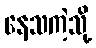
နေသကဲ့သို့